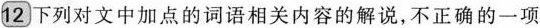
12．下列对文中加点的词语相关内容的解说，不正确的一项